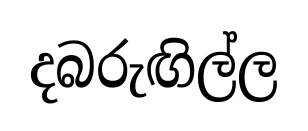
දබරුඟිල්ල